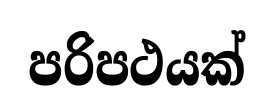
පරිපථයක්